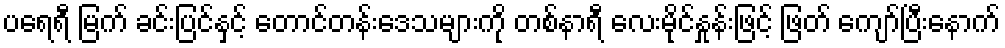
ပရေရီ မြက် ခင်းပြင်နှင့် တောင်တန်းဒေသများကို တစ်နာရီ လေးမိုင်နှုန်းဖြင့် ဖြတ် ကျော်ပြီးနောက်